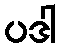
ပဒါ